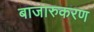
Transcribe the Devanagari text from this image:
बाजारुकरण